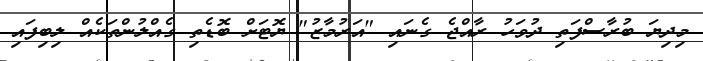
މިދިޔަ ބުރާސްފަތި ދުވަހު ރާއްޖެ ގެނައި "އަރުމާޒު" ޔޮޓަށް ބޮޑެތި ގެއްލުންތަކެއް ލިބިފައި